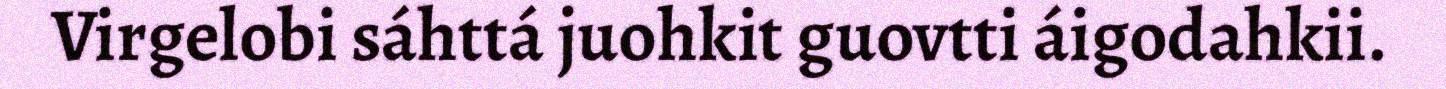
Virgelobi sáhttá juohkit guovtti áigodahkii.